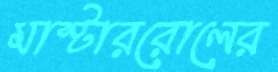
মাস্টাররোলের